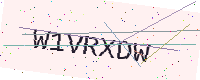
Text: W1VRXDW